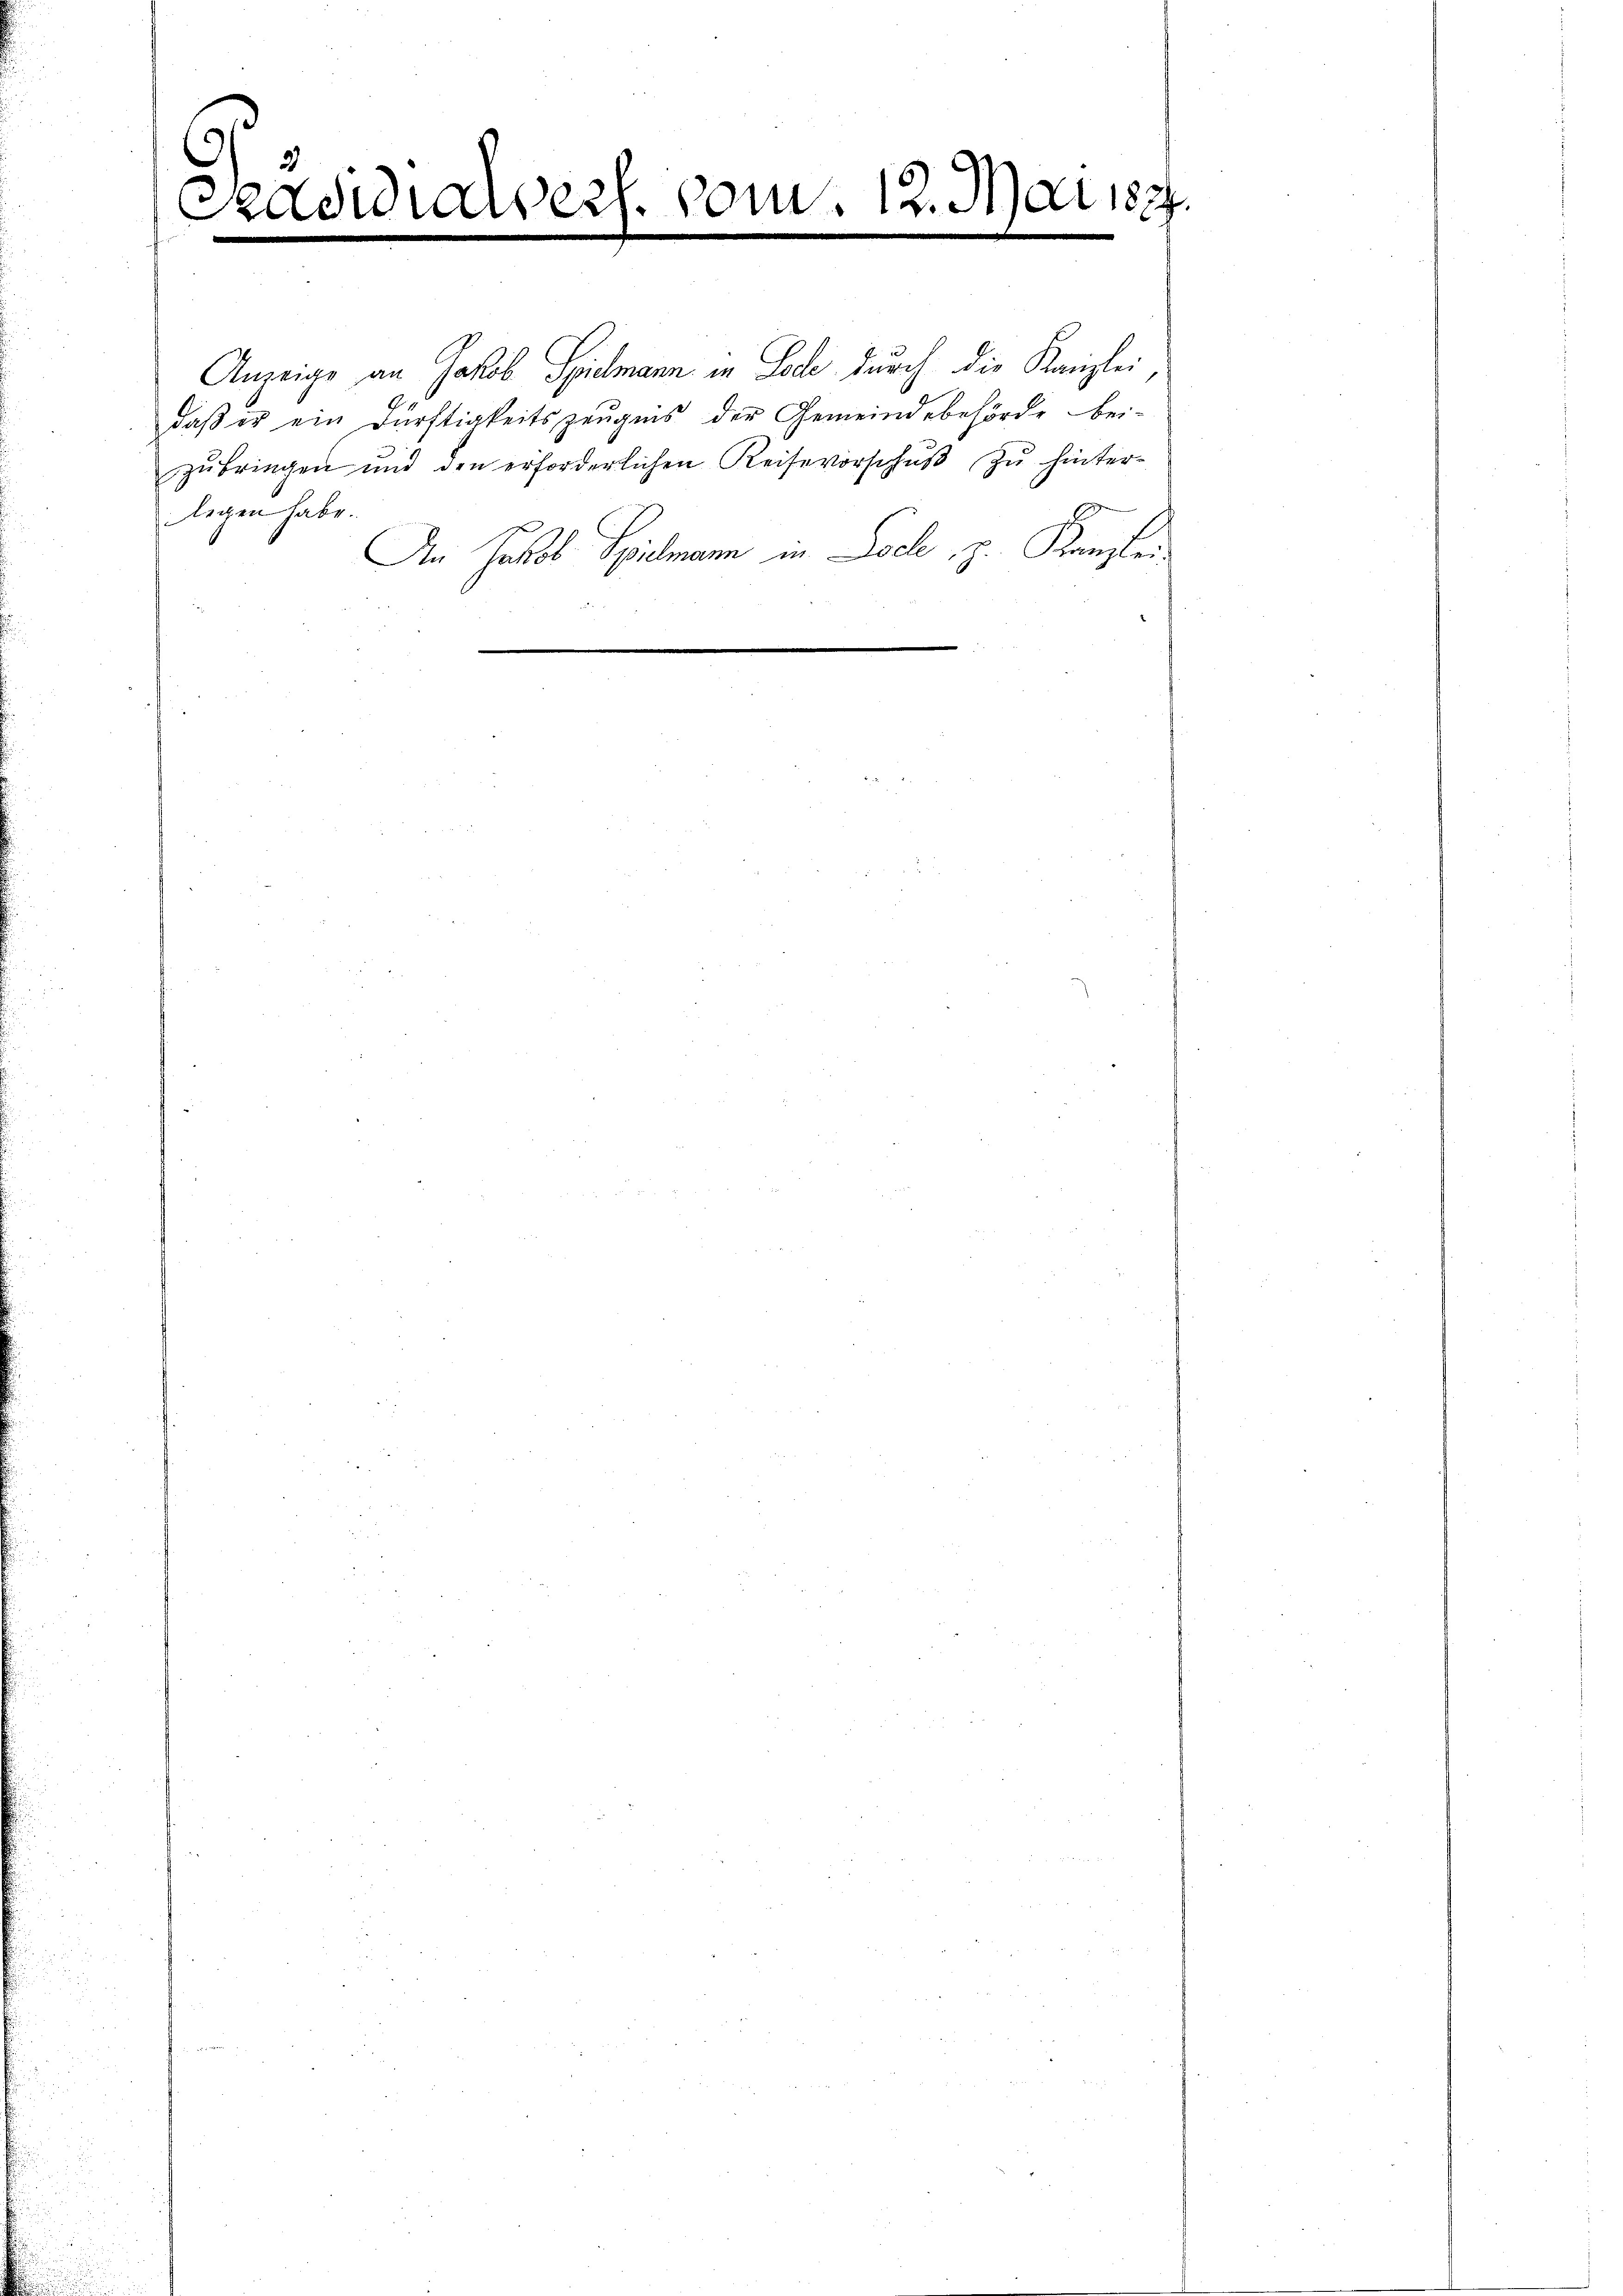
¬
2)
Pradidialverh

vom. 12. Mai 187

Anzeige an Jakob Spielmann in Lode durch die Kanzlei
daß er ein Dürftigkeitszeugnis der Gemeindebehörde beizŭbringen und den erforderlichen Reisevorschŭβ zŭ hinter-
legen habe.

An Jakob Spielmann in Loche, z. Kanzlei,